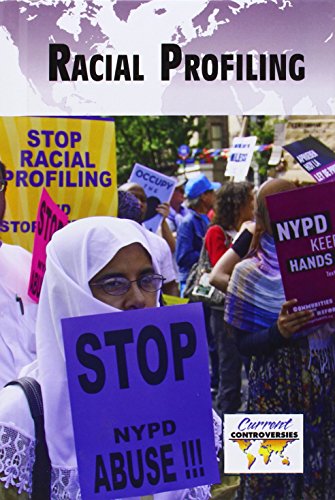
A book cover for Racial Profiling (Current Controversies); Noel Merino; Teen & Young Adult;